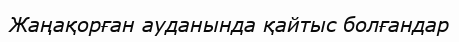
Жаңақорған ауданында қайтыс болғандар